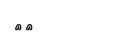
١٦